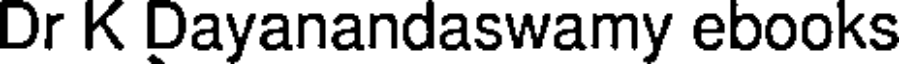
Dr K Dayanandaswamy ebooks